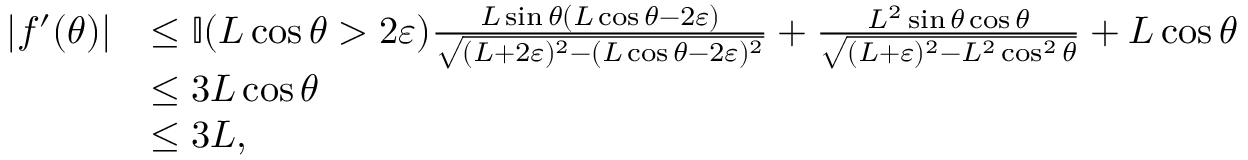
\begin{array} { r l } { | f ^ { \prime } ( \theta ) | } & { \leq \mathbb { I } ( L \cos \theta > 2 \varepsilon ) \frac { L \sin \theta ( L \cos \theta - 2 \varepsilon ) } { \sqrt { ( L + 2 \varepsilon ) ^ { 2 } - ( L \cos \theta - 2 \varepsilon ) ^ { 2 } } } + \frac { L ^ { 2 } \sin \theta \cos \theta } { \sqrt { ( L + \varepsilon ) ^ { 2 } - L ^ { 2 } \cos ^ { 2 } \theta } } + L \cos \theta } \\ & { \leq 3 L \cos \theta } \\ & { \leq 3 L , } \end{array}